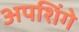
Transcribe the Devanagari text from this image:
अपशिंगे